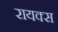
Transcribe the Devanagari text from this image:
रायक्स